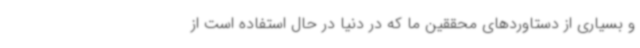
و بسیاری از دستاوردهای محققین ما که در دنیا در حال استفاده است از